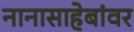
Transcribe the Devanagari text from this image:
नानासाहेबांवर